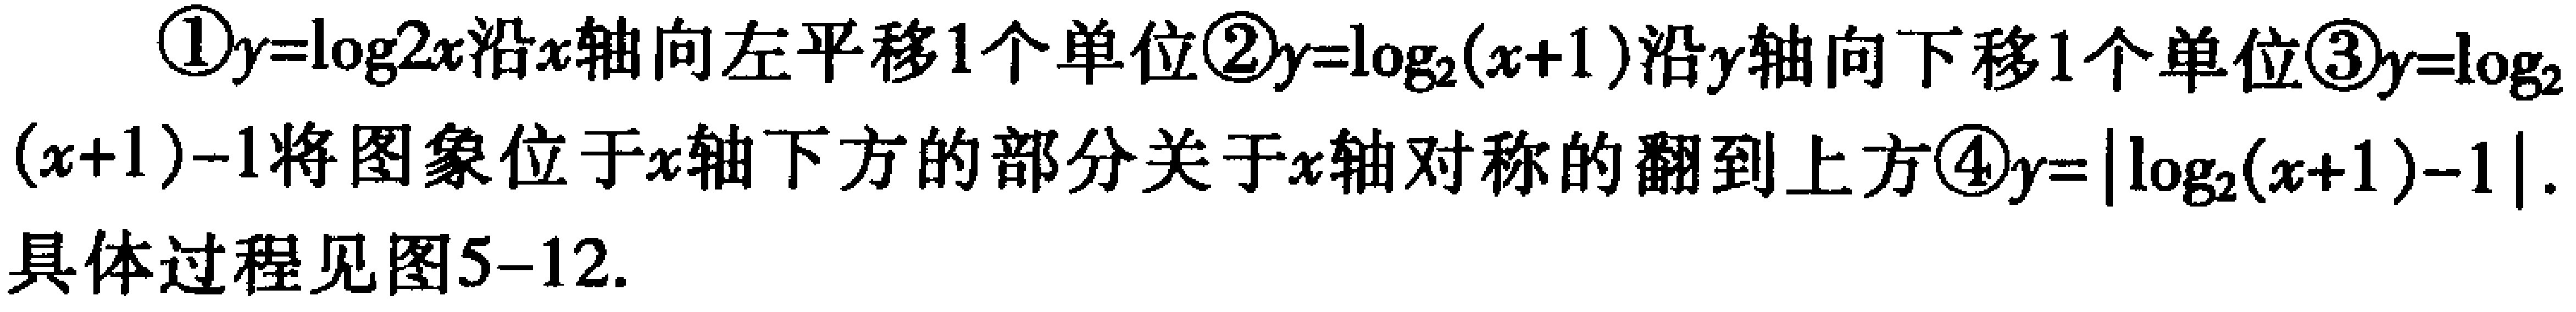
\textcircled{1}\(y = \log_{2}x\)沿\(x\)轴向左平移\(1\)个单位\textcircled{2}\(y=\log_{2}(x + 1)\)沿\(y\)轴向下移\(1\)个单位\textcircled{3}\(y=\log_{2}(x + 1)-1\)将图象位于\(x\)轴下方的部分关于\(x\)轴对称的翻到上方\textcircled{4}\(y = |\log_{2}(x + 1)-1|\).
具体过程见图5-12.